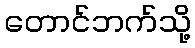
တောင်ဘက်သို့